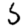
Digit: 5